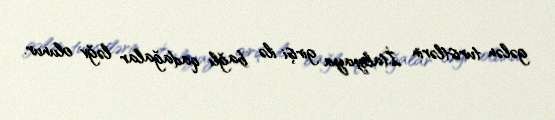
gələn turistlərin İtaliyaya girişi ilə bağlı qadağalar ləğv olunur.